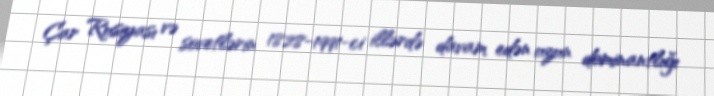
Çar Rusiyası və sovetlərin 1828-1991-ci illərdə davam edən uzun dominantlığı